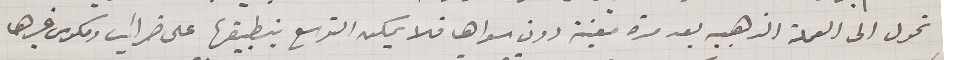
تحول الى العملة الذهبيه بعد مدة معينة دون سواها فلا يمكن التوسع بتطبيقها على ضرائب ومكوس غيرها